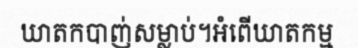
ឃាតកបាញ់សម្លាប់។អំពើឃាតកម្ម